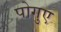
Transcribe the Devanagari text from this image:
पोगुए